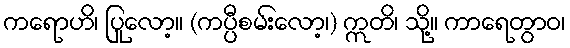
ကရောဟိ၊ ပြုလော့။ (ကပ္ပီစမ်းလော့၊) ဣတိ၊ သို့။ ကာရေတွာဝ၊